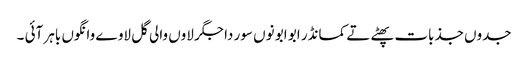
جدوں جذبات پھٹے تے کمانڈر ابو ابو نوں سور دا جگر لاوں والی گل لاوے وانگوں باہر آئی ۔